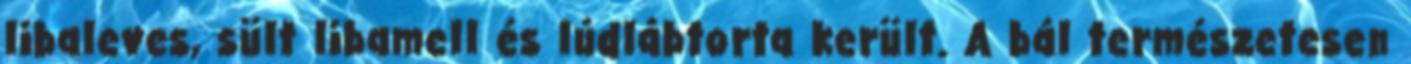
libaleves, sült libamell és lúdlábtorta került. A bál természetesen